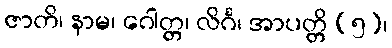
ဇာတိ၊ နာမ၊ ဂေါတ္တ၊ လိင်္ဂ၊ အာပတ္တိ (၅)၊